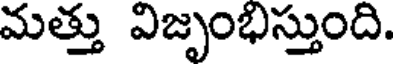
మత్తు విజృంభిస్తుంది.